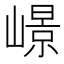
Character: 𡼮